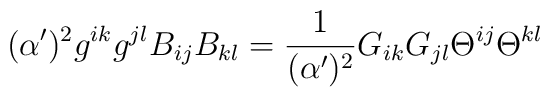
(\alpha')^2 g^{ik} g^{jl} B_{ij} B_{kl} ={1\over (\alpha')^2} G_{ik} G_{jl} \Theta^{ij} \Theta^{kl}